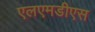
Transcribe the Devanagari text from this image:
एलएमडीएस